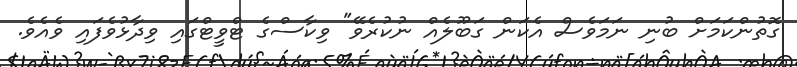
ގޮތުންކަމަށް ބުނި ނަމަވެސް އެކަން ގަބޫލެއް ނުކުރެވޭ" ވިކާސްގެ ޓްވީޓްގައި ވިދާޅުވެފައި ވެއެވެ.